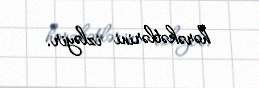
hərəkətlərini izləyir.